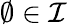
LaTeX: \emptyset\in{\mathcal{I}}